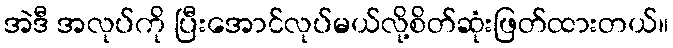
အဲဒီ အလုပ်ကို ပြီးအောင်လုပ်မယ်လို့စိတ်ဆုံးဖြတ်ထားတယ်။